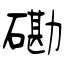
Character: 磡